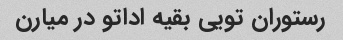
رستوران تویی بقیه اداتو در میارن